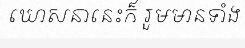
ឃោសនានេះក៏ រួមមានទាំង